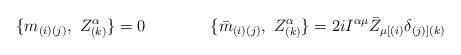
\begin{align*}\{m_{(i)(j)}, \ Z^{\alpha}_{(k)} \}= 0\qquad \qquad\{{\bar m}_{(i)(j)}, \ Z^{\alpha}_{(k)} \}=2iI^{\alpha \mu}{\bar Z}_{\mu [(i)}\delta_{(j)](k)}\end{align*}